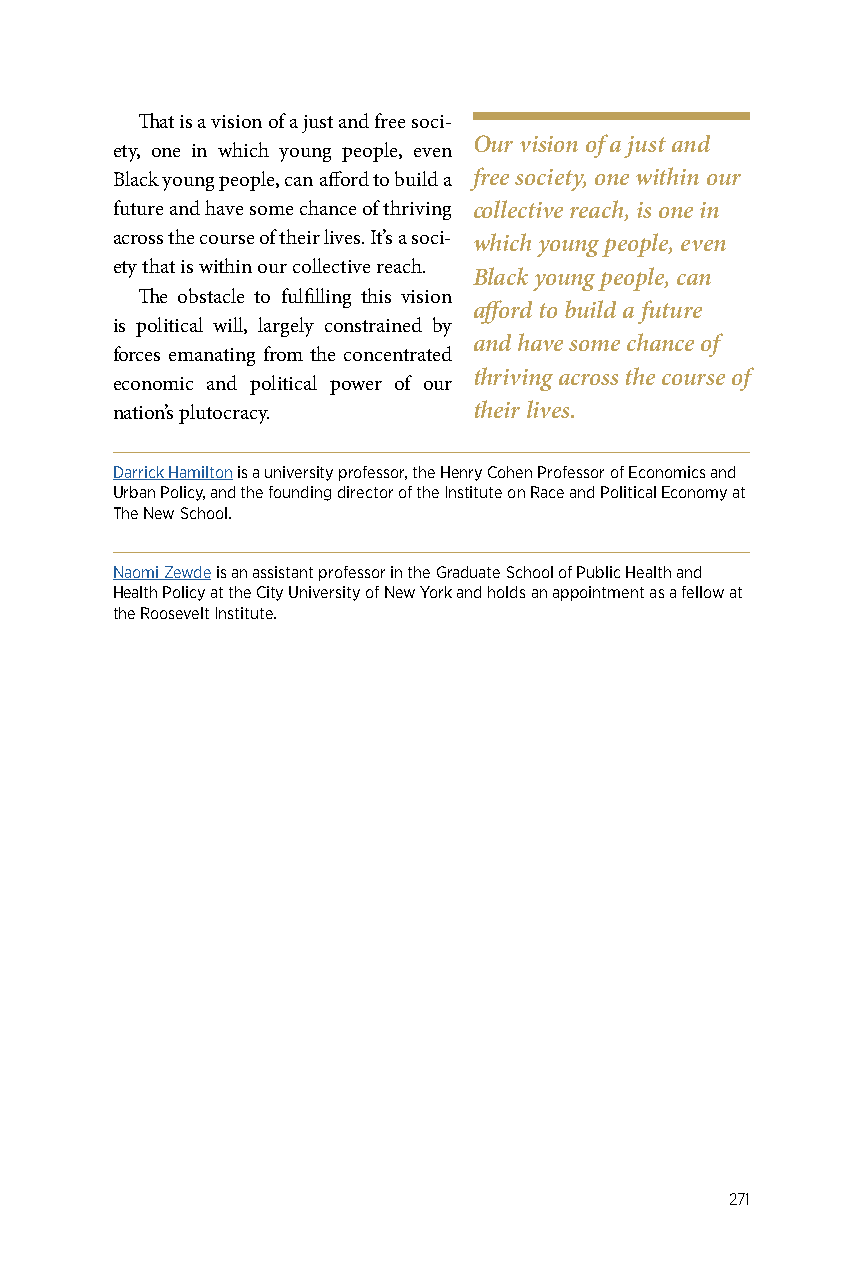
That is a vision of a just and free soci-
 Our vision of a just and
 ety, one in which young people, even
 Black young people, can afford to build a free society, one within our
 future and have some chance of thriving collective reach, is one in
 across the course of their lives. It’s a soci- which young people, even
 ety that is within our collective reach.
 Black young people, can
 The obstacle to fulfilling this vision
 afford to build a future
 is political will, largely constrained by
 and have some chance of
 forces emanating from the concentrated
 thriving across the course of
 economic and political power of our
 nation’s plutocracy.    their lives.
 Darrick Hamilton is a university professor, the Henry Cohen Professor of Economics and
 Urban Policy, and the founding director of the Institute on Race and Political Economy at
 The New School.
 Naomi Zewde is an assistant professor in the Graduate School of Public Health and
 Health Policy at the City University of New York and holds an appointment as a fellow at
 the Roosevelt Institute.
 271